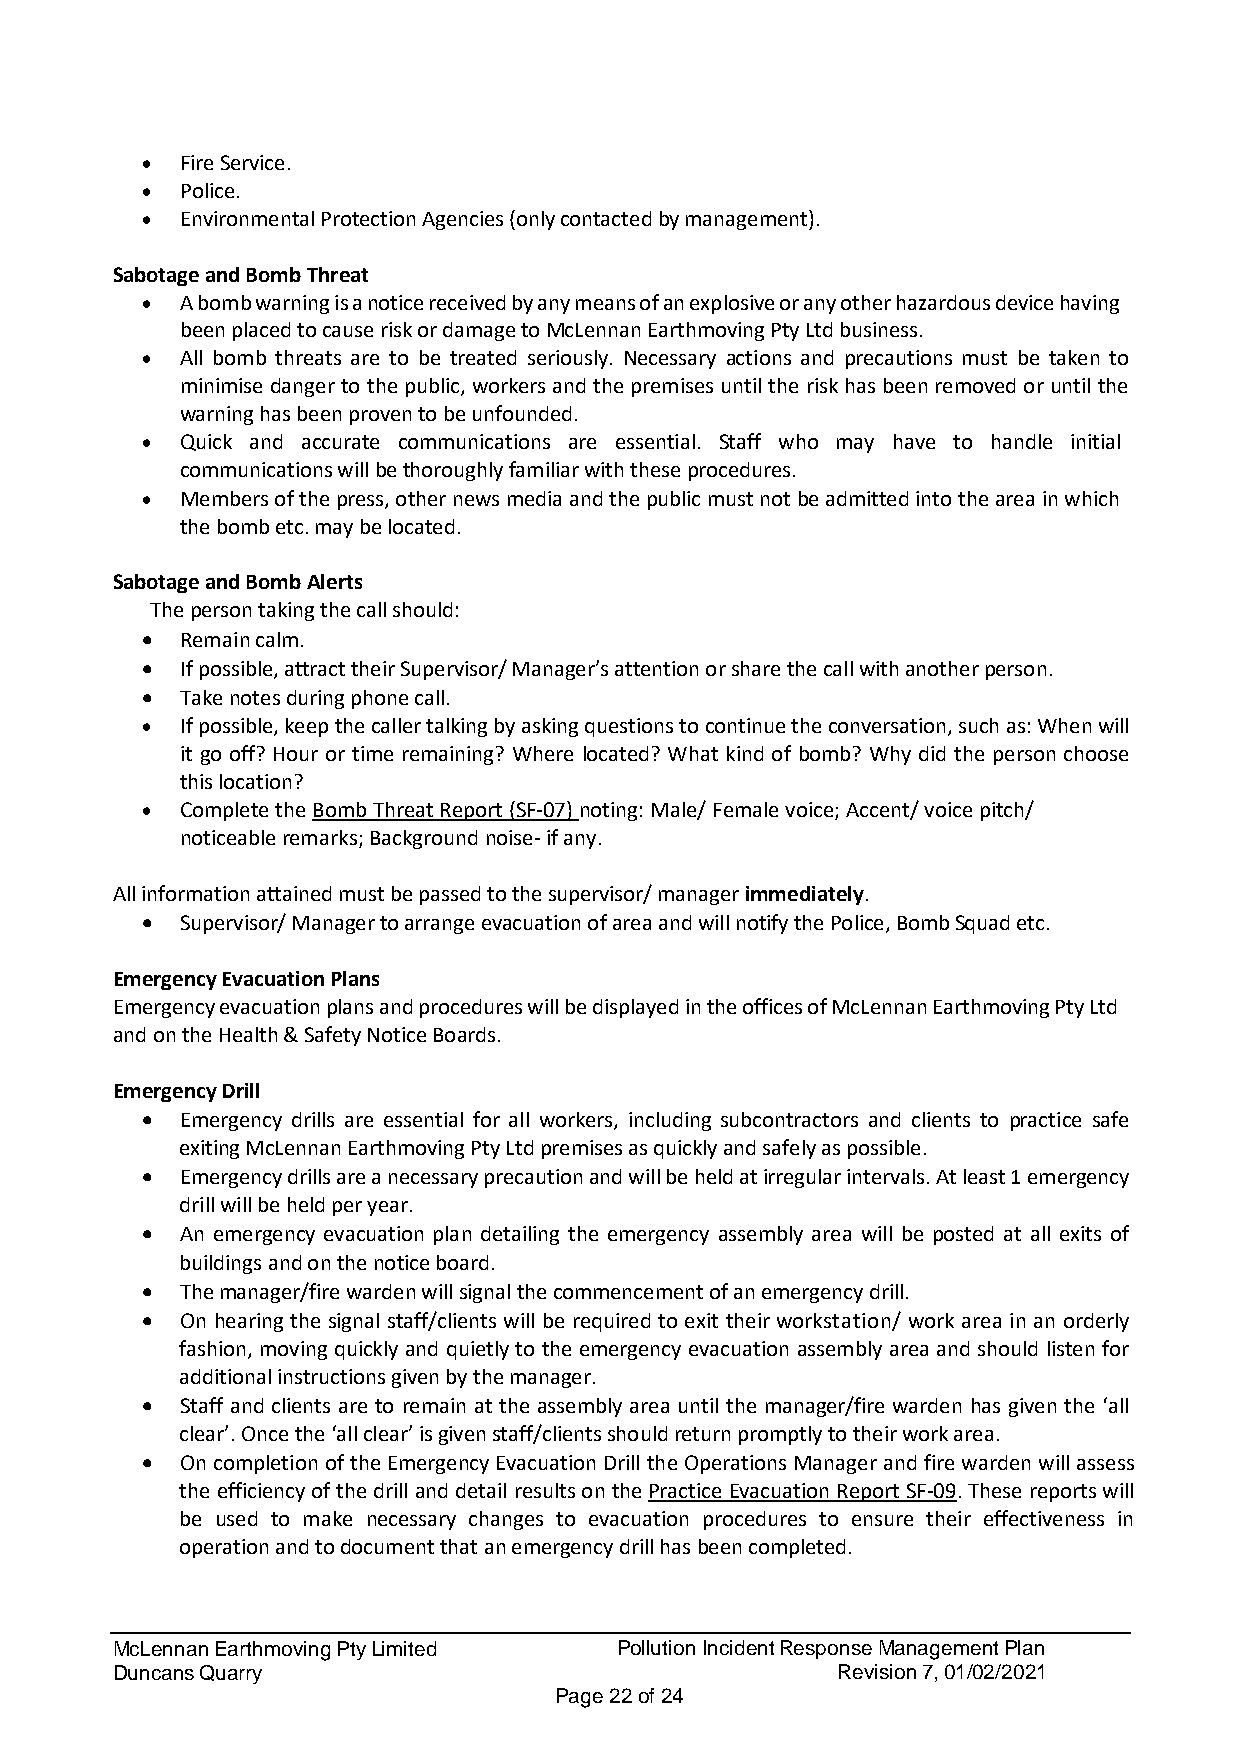
•  Fire Service.
 •  Police.
 •  Environmental Protection Agencies (only contacted by management).
 Sabotage and Bomb Threat
 •  A bomb warning is a notice received by any means of an explosive or any other hazardous device having
 been placed to cause risk or damage to McLennan Earthmoving Pty Ltd business.
 •  All bomb threats are to be treated seriously. Necessary actions and precautions must be taken to
 minimise danger to the public, workers and the premises until the risk has been removed or until the
 warning has been proven to be unfounded.
 •  Quick and accurate communications are essential. Staff who may have to handle initial
 communications will be thoroughly familiar with these procedures.
 •  Members of the press, other news media and the public must not be admitted into the area in which
 the bomb etc. may be located.
 Sabotage and Bomb Alerts
 The person taking the call should:
 •  Remain calm.
 •  If possible, attract their Supervisor/ Manager’s attention or share the call with another person.
 •  Take notes during phone call.
 •  If possible, keep the caller talking by asking questions to continue the conversation, such as: When will
 it go off? Hour or time remaining? Where located? What kind of bomb? Why did the person choose
 this location?
 •  Complete the Bomb Threat Report (SF-07) noting: Male/ Female voice; Accent/ voice pitch/
 noticeable remarks; Background noise- if any.
 All information attained must be passed to the supervisor/ manager immediately.
 •  Supervisor/ Manager to arrange evacuation of area and will notify the Police, Bomb Squad etc.
 Emergency Evacuation Plans
 Emergency evacuation plans and procedures will be displayed in the offices of McLennan Earthmoving Pty Ltd
 and on the Health & Safety Notice Boards.
 Emergency Drill
 •  Emergency drills are essential for all workers, including subcontractors and clients to practice safe
 exiting McLennan Earthmoving Pty Ltd premises as quickly and safely as possible.
 •  Emergency drills are a necessary precaution and will be held at irregular intervals. At least 1 emergency
 drill will be held per year.
 •  An emergency evacuation plan detailing the emergency assembly area will be posted at all exits of
 buildings and on the notice board.
 •  The manager/fire warden will signal the commencement of an emergency drill.
 •  On hearing the signal staff/clients will be required to exit their workstation/ work area in an orderly
 fashion, moving quickly and quietly to the emergency evacuation assembly area and should listen for
 additional instructions given by the manager.
 •  Staff and clients are to remain at the assembly area until the manager/fire warden has given the ‘all
 clear’. Once the ‘all clear’ is given staff/clients should return promptly to their work area.
 •  On completion of the Emergency Evacuation Drill the Operations Manager and fire warden will assess
 the efficiency of the drill and detail results on the Practice Evacuation Report SF-09. These reports will
 be used to make necessary changes to evacuation procedures to ensure their effectiveness in
 operation and to document that an emergency drill has been completed.
 McLennan Earthmoving Pty Limited  Pollution Incident Response Management Plan
 Duncans Quarry                                  Revision 7, 01/02/2021
 Page 22 of 24